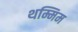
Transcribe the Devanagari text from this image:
थम्मिम